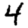
Digit: 4